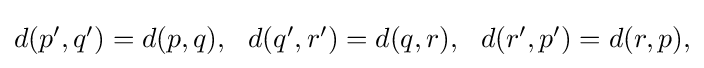
{\textstyle d(p',q')=d(p,q),~~d(q',r')=d(q,r),~~d(r',p')=d(r,p),}